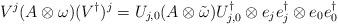
LaTeX: \begin{align*}{V}^{j}(A\otimes\omega) ({V}^\dagger)^{j}=U_{{j},0} ( A\otimes\tilde\omega) U_{{j},0}^\dagger\otimes e_{j}e_{j}^\dagger\otimes e_0e_0^\dagger\end{align*}